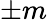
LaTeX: \pm m